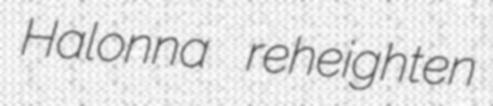
Halonna reheighten